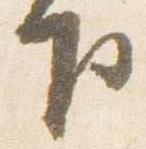
下